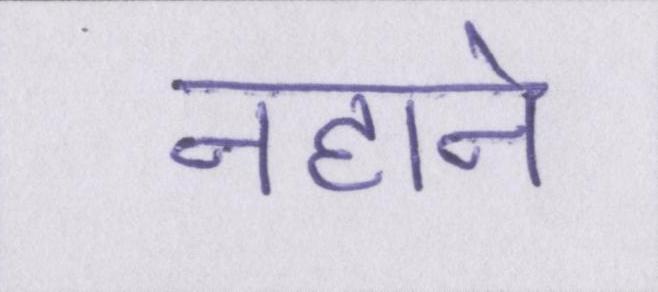
नहाने